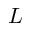
L